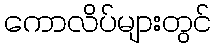
ကောလိပ်များတွင်